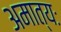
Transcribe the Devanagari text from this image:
अमात्यः